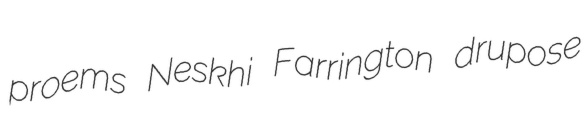
proems Neskhi Farrington drupose